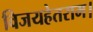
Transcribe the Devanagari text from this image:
विजयहेतराम।